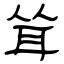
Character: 耸